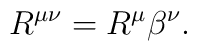
R^{\mu \nu }=R^{\mu }\beta ^{\nu }.